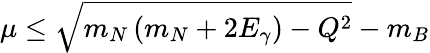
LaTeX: \mu\leq\sqrt{m_{N}\left(m_{N}+2E_{\gamma}\right)-Q^{2}}-m_{B}